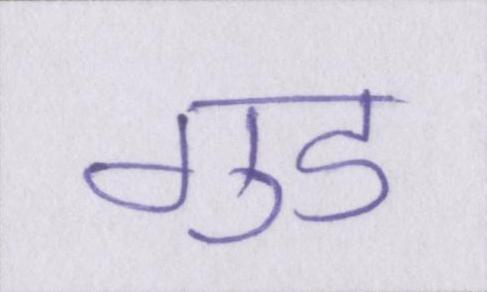
गुड